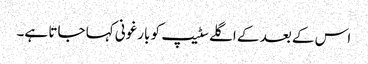
اس کے بعد کے اگلے سٹیپ کو بارغونی کہا جاتا ہے۔